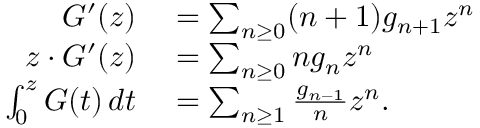
\begin{array} { r l } { G ^ { \prime } ( z ) } & { { } = \sum _ { n \geq 0 } ( n + 1 ) g _ { n + 1 } z ^ { n } } \\ { z \cdot G ^ { \prime } ( z ) } & { { } = \sum _ { n \geq 0 } n g _ { n } z ^ { n } } \\ { \int _ { 0 } ^ { z } G ( t ) \, d t } & { { } = \sum _ { n \geq 1 } { \frac { g _ { n - 1 } } { n } } z ^ { n } . } \end{array}